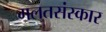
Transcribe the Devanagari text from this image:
गलतसंस्कार